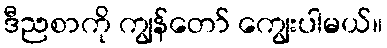
ဒီညစာကို ကျွန်တော် ကျွေးပါမယ်။